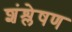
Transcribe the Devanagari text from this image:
शंश्लेषण